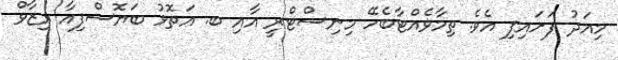
މިއަދު ފަށައިފި އެވެ. ތިމާވެއްޓާބެހޭ މިނިސްޓްރީ އާއި ބ. އަތޮޅު ބަޔޮސްފިއާ ރިޒާވް